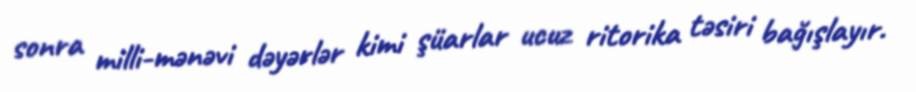
sonra milli-mənəvi dəyərlər kimi şüarlar ucuz ritorika təsiri bağışlayır.